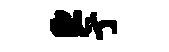
臣亍